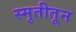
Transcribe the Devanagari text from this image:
स्मृतीतून